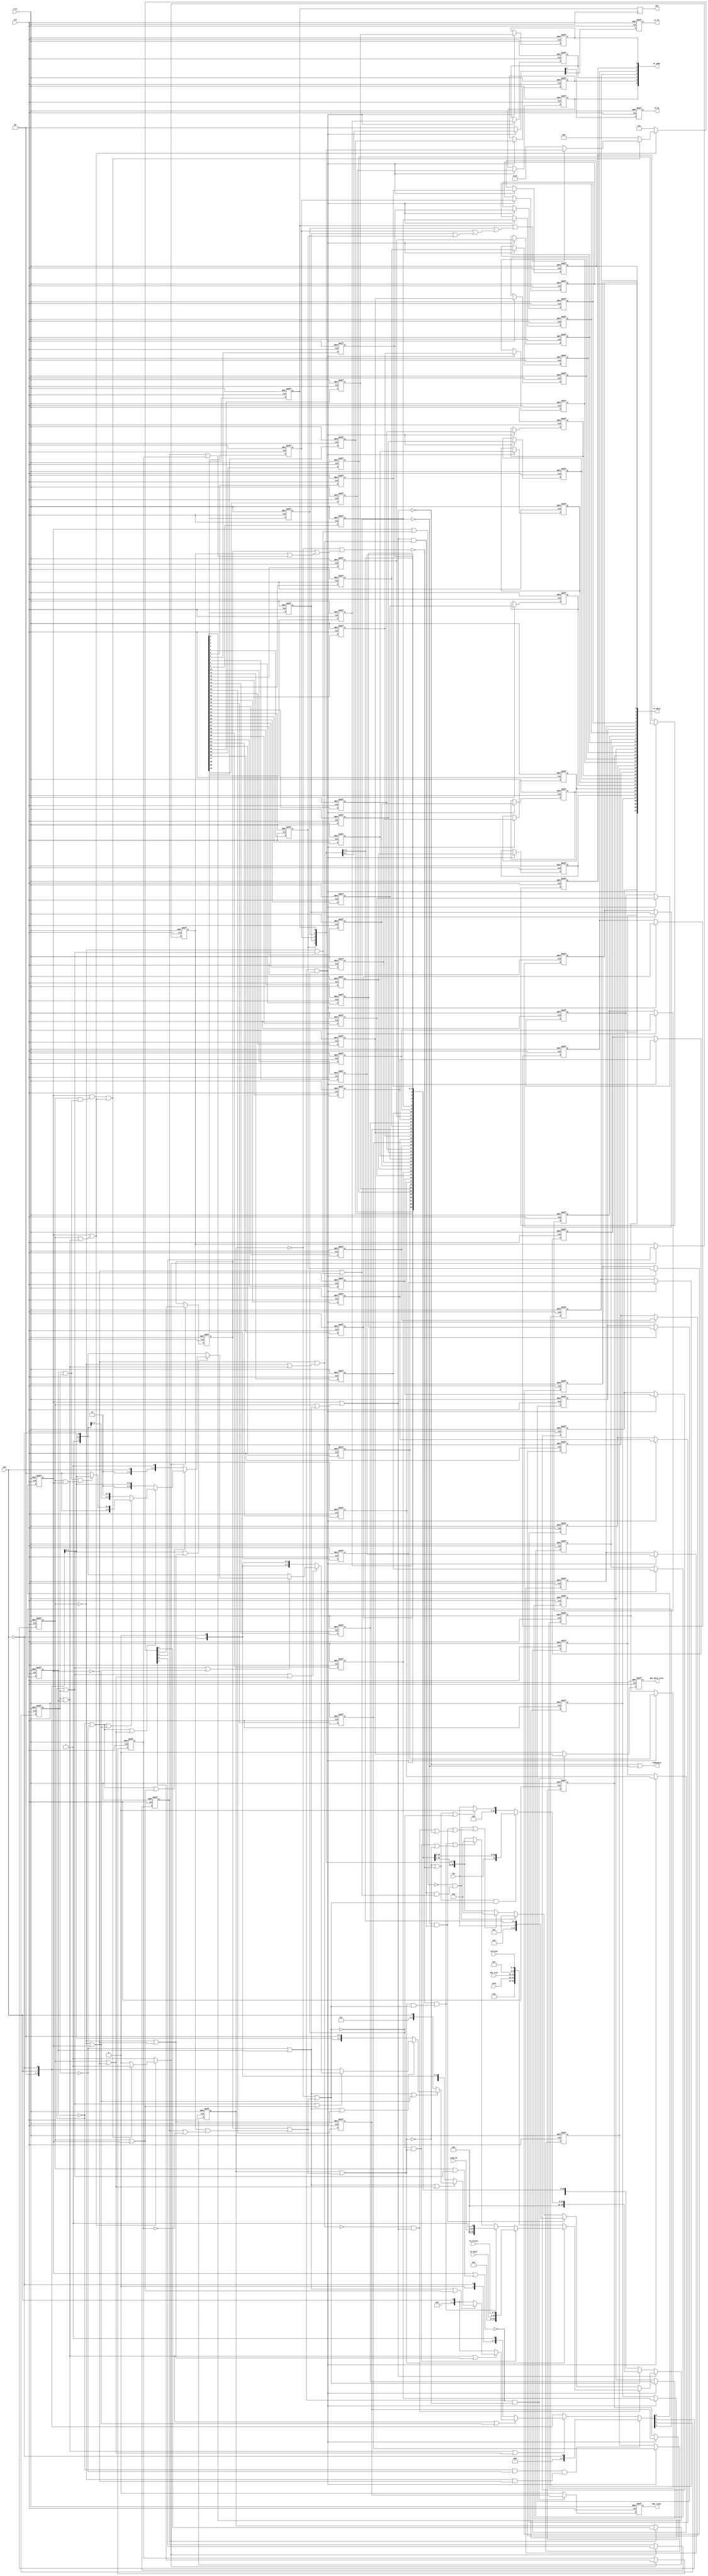
// This program was cloned from: https://github.com/NYU-MLDA/OpenABC
// License: BSD 3-Clause "New" or "Revised" License

module rvjtag_tap
(
  trst,
  tck,
  tms,
  tdi,
  tdo,
  tdoEnable,
  wr_data,
  wr_addr,
  wr_en,
  rd_en,
  rd_data,
  rd_status,
  dmi_reset,
  dmi_hard_reset,
  idle,
  dmi_stat,
  jtag_id,
  version
);

  output [31:0] wr_data;
  output [6:0] wr_addr;
  input [31:0] rd_data;
  input [1:0] rd_status;
  input [2:0] idle;
  input [1:0] dmi_stat;
  input [31:1] jtag_id;
  input [3:0] version;
  input trst;
  input tck;
  input tms;
  input tdi;
  output tdo;
  output tdoEnable;
  output wr_en;
  output rd_en;
  output dmi_reset;
  output dmi_hard_reset;
  wire tdoEnable,N0,N1,N2,N3,N4,N5,N6,N7,N8,N9,N10,N11,N12,N13,N14,N15,N16,N17,N18,N19,
  N20,N21,N22,N23,N24,N25,N26,N27,N28,N29,N30,N31,N32,N33,N34,N35,N36,N37,N38,N39,
  N40,N41,N42,N43,N44,N45,N46,N47,N48,N49,N50,N51,N52,N53,N54,N55,N56,N57,N58,N59,
  N60,N61,N62,N63,N64,N65,N66,N67,N68,N69,N70,N71,N72,N73,N74,N75,N76,N77,N78,N79,
  N80,N81,N82,N83,N84,N85,N86,N87,N88,N89,N90,N91,N92,N93,N94,N95,N96,N97,N98,N99,
  N100,N101,N102,N103,N104,N105,N106,N107,N108,N109,N110,N111,N112,N113,N114,N115,
  N116,N117,N118,N119,N120,N121,N122,N123,N124,N125,N126,N127,N128,N129,N130,N131,
  N132,N133,N134,N135,N136,N137,N138,N139,N140,N141,N142,N143,N144,N145,N146,N147,
  N148,N149,N150,N151,N152,N153,N154,N155,N156,N157,N158,N159,N160,N161,N162,N163,
  N164,N165,N166,N167,N168,N169,N170,N171,N172,N173,N174,N175,N176,N177,N178,N179,
  N180,N181,N182,N183,N184,N185,N186,N187,N188,N189,N190,N191,N192,N193,N194,N195,
  N196,N197,N198,N199,N200,N201,N202,N203,N204,N205,N206,N207,N208,N209,N210,N211,
  N212,N213,N214,N215,N216,N217,N218,N219,N220,N221,N222,N223,N224,N225,N226,N227,
  N228,N229,N230,N231,N232,N233,N234,N235,N236,N237,N238,N239,N240,N241,N242,N243,
  N244,N245,N246,N247,N248,N249,N250,N251,N252,N253,N254,N255,N256,N257,N258,N259,
  N260,N261,N262,N263,N264,N265,N266,N267,N268;
  wire [3:0] nstate;
  wire [40:0] nsr;
  reg [3:0] state;
  reg [4:0] ir;
  reg [40:0] sr;
  reg tdo,dmi_reset,dmi_hard_reset,wr_en,rd_en;
  reg [6:0] wr_addr;
  reg [31:0] wr_data;
  assign N24 = N222 & N262;
  assign N25 = N227 & N239;
  assign N26 = N24 & N25;
  assign N27 = state[3] | state[2];
  assign N28 = state[1] | N239;
  assign N29 = N27 | N28;
  assign N31 = state[3] | state[2];
  assign N32 = N227 | state[0];
  assign N33 = N31 | N32;
  assign N35 = state[3] | state[2];
  assign N36 = N227 | N239;
  assign N37 = N35 | N36;
  assign N39 = state[3] | N262;
  assign N40 = state[1] | state[0];
  assign N41 = N39 | N40;
  assign N43 = state[3] | N262;
  assign N44 = state[1] | N239;
  assign N45 = N43 | N44;
  assign N47 = state[3] | N262;
  assign N48 = N227 | state[0];
  assign N49 = N47 | N48;
  assign N51 = state[3] | N262;
  assign N52 = N227 | N239;
  assign N53 = N51 | N52;
  assign N55 = N222 | state[2];
  assign N56 = state[1] | state[0];
  assign N57 = N55 | N56;
  assign N59 = N222 | state[2];
  assign N60 = state[1] | N239;
  assign N61 = N59 | N60;
  assign N63 = N222 | state[2];
  assign N64 = N227 | state[0];
  assign N65 = N63 | N64;
  assign N67 = N222 | state[2];
  assign N68 = N227 | N239;
  assign N69 = N67 | N68;
  assign N71 = N222 | N262;
  assign N72 = state[1] | state[0];
  assign N73 = N71 | N72;
  assign N75 = N222 | N262;
  assign N76 = state[1] | N239;
  assign N77 = N75 | N76;
  assign N79 = N222 | N262;
  assign N80 = N227 | state[0];
  assign N81 = N79 | N80;
  assign N83 = state[3] & state[2];
  assign N84 = state[1] & state[0];
  assign N85 = N83 & N84;

  always @(posedge tck or posedge N87) begin
    if(N87) begin
      state[3] <= 1'b0;
    end else if(1'b1) begin
      state[3] <= nstate[3];
    end
  end


  always @(posedge tck or posedge N87) begin
    if(N87) begin
      state[2] <= 1'b0;
    end else if(1'b1) begin
      state[2] <= nstate[2];
    end
  end


  always @(posedge tck or posedge N87) begin
    if(N87) begin
      state[1] <= 1'b0;
    end else if(1'b1) begin
      state[1] <= nstate[1];
    end
  end


  always @(posedge tck or posedge N87) begin
    if(N87) begin
      state[0] <= 1'b0;
    end else if(1'b1) begin
      state[0] <= nstate[0];
    end
  end


  always @(posedge N88 or posedge N87) begin
    if(N87) begin
      ir[4] <= 1'b0;
    end else if(N96) begin
      ir[4] <= N101;
    end
  end


  always @(posedge N88 or posedge N87) begin
    if(N87) begin
      ir[3] <= 1'b0;
    end else if(N96) begin
      ir[3] <= N100;
    end
  end


  always @(posedge N88 or posedge N87) begin
    if(N87) begin
      ir[2] <= 1'b0;
    end else if(N96) begin
      ir[2] <= N99;
    end
  end


  always @(posedge N88 or posedge N87) begin
    if(N87) begin
      ir[1] <= 1'b0;
    end else if(N96) begin
      ir[1] <= N98;
    end
  end


  always @(posedge N88 or posedge N87) begin
    if(N87) begin
      ir[0] <= 1'b1;
    end else if(N96) begin
      ir[0] <= N97;
    end
  end


  always @(posedge tck or posedge N87) begin
    if(N87) begin
      sr[40] <= 1'b0;
    end else if(1'b1) begin
      sr[40] <= nsr[40];
    end
  end


  always @(posedge tck or posedge N87) begin
    if(N87) begin
      sr[39] <= 1'b0;
    end else if(1'b1) begin
      sr[39] <= nsr[39];
    end
  end


  always @(posedge tck or posedge N87) begin
    if(N87) begin
      sr[38] <= 1'b0;
    end else if(1'b1) begin
      sr[38] <= nsr[38];
    end
  end


  always @(posedge tck or posedge N87) begin
    if(N87) begin
      sr[37] <= 1'b0;
    end else if(1'b1) begin
      sr[37] <= nsr[37];
    end
  end


  always @(posedge tck or posedge N87) begin
    if(N87) begin
      sr[36] <= 1'b0;
    end else if(1'b1) begin
      sr[36] <= nsr[36];
    end
  end


  always @(posedge tck or posedge N87) begin
    if(N87) begin
      sr[35] <= 1'b0;
    end else if(1'b1) begin
      sr[35] <= nsr[35];
    end
  end


  always @(posedge tck or posedge N87) begin
    if(N87) begin
      sr[34] <= 1'b0;
    end else if(1'b1) begin
      sr[34] <= nsr[34];
    end
  end


  always @(posedge tck or posedge N87) begin
    if(N87) begin
      sr[33] <= 1'b0;
    end else if(1'b1) begin
      sr[33] <= nsr[33];
    end
  end


  always @(posedge tck or posedge N87) begin
    if(N87) begin
      sr[32] <= 1'b0;
    end else if(1'b1) begin
      sr[32] <= nsr[32];
    end
  end


  always @(posedge tck or posedge N87) begin
    if(N87) begin
      sr[31] <= 1'b0;
    end else if(1'b1) begin
      sr[31] <= nsr[31];
    end
  end


  always @(posedge tck or posedge N87) begin
    if(N87) begin
      sr[30] <= 1'b0;
    end else if(1'b1) begin
      sr[30] <= nsr[30];
    end
  end


  always @(posedge tck or posedge N87) begin
    if(N87) begin
      sr[29] <= 1'b0;
    end else if(1'b1) begin
      sr[29] <= nsr[29];
    end
  end


  always @(posedge tck or posedge N87) begin
    if(N87) begin
      sr[28] <= 1'b0;
    end else if(1'b1) begin
      sr[28] <= nsr[28];
    end
  end


  always @(posedge tck or posedge N87) begin
    if(N87) begin
      sr[27] <= 1'b0;
    end else if(1'b1) begin
      sr[27] <= nsr[27];
    end
  end


  always @(posedge tck or posedge N87) begin
    if(N87) begin
      sr[26] <= 1'b0;
    end else if(1'b1) begin
      sr[26] <= nsr[26];
    end
  end


  always @(posedge tck or posedge N87) begin
    if(N87) begin
      sr[25] <= 1'b0;
    end else if(1'b1) begin
      sr[25] <= nsr[25];
    end
  end


  always @(posedge tck or posedge N87) begin
    if(N87) begin
      sr[24] <= 1'b0;
    end else if(1'b1) begin
      sr[24] <= nsr[24];
    end
  end


  always @(posedge tck or posedge N87) begin
    if(N87) begin
      sr[23] <= 1'b0;
    end else if(1'b1) begin
      sr[23] <= nsr[23];
    end
  end


  always @(posedge tck or posedge N87) begin
    if(N87) begin
      sr[22] <= 1'b0;
    end else if(1'b1) begin
      sr[22] <= nsr[22];
    end
  end


  always @(posedge tck or posedge N87) begin
    if(N87) begin
      sr[21] <= 1'b0;
    end else if(1'b1) begin
      sr[21] <= nsr[21];
    end
  end


  always @(posedge tck or posedge N87) begin
    if(N87) begin
      sr[20] <= 1'b0;
    end else if(1'b1) begin
      sr[20] <= nsr[20];
    end
  end


  always @(posedge tck or posedge N87) begin
    if(N87) begin
      sr[19] <= 1'b0;
    end else if(1'b1) begin
      sr[19] <= nsr[19];
    end
  end


  always @(posedge tck or posedge N87) begin
    if(N87) begin
      sr[18] <= 1'b0;
    end else if(1'b1) begin
      sr[18] <= nsr[18];
    end
  end


  always @(posedge tck or posedge N87) begin
    if(N87) begin
      sr[17] <= 1'b0;
    end else if(1'b1) begin
      sr[17] <= nsr[17];
    end
  end


  always @(posedge tck or posedge N87) begin
    if(N87) begin
      sr[16] <= 1'b0;
    end else if(1'b1) begin
      sr[16] <= nsr[16];
    end
  end


  always @(posedge tck or posedge N87) begin
    if(N87) begin
      sr[15] <= 1'b0;
    end else if(1'b1) begin
      sr[15] <= nsr[15];
    end
  end


  always @(posedge tck or posedge N87) begin
    if(N87) begin
      sr[14] <= 1'b0;
    end else if(1'b1) begin
      sr[14] <= nsr[14];
    end
  end


  always @(posedge tck or posedge N87) begin
    if(N87) begin
      sr[13] <= 1'b0;
    end else if(1'b1) begin
      sr[13] <= nsr[13];
    end
  end


  always @(posedge tck or posedge N87) begin
    if(N87) begin
      sr[12] <= 1'b0;
    end else if(1'b1) begin
      sr[12] <= nsr[12];
    end
  end


  always @(posedge tck or posedge N87) begin
    if(N87) begin
      sr[11] <= 1'b0;
    end else if(1'b1) begin
      sr[11] <= nsr[11];
    end
  end


  always @(posedge tck or posedge N87) begin
    if(N87) begin
      sr[10] <= 1'b0;
    end else if(1'b1) begin
      sr[10] <= nsr[10];
    end
  end


  always @(posedge tck or posedge N87) begin
    if(N87) begin
      sr[9] <= 1'b0;
    end else if(1'b1) begin
      sr[9] <= nsr[9];
    end
  end


  always @(posedge tck or posedge N87) begin
    if(N87) begin
      sr[8] <= 1'b0;
    end else if(1'b1) begin
      sr[8] <= nsr[8];
    end
  end


  always @(posedge tck or posedge N87) begin
    if(N87) begin
      sr[7] <= 1'b0;
    end else if(1'b1) begin
      sr[7] <= nsr[7];
    end
  end


  always @(posedge tck or posedge N87) begin
    if(N87) begin
      sr[6] <= 1'b0;
    end else if(1'b1) begin
      sr[6] <= nsr[6];
    end
  end


  always @(posedge tck or posedge N87) begin
    if(N87) begin
      sr[5] <= 1'b0;
    end else if(1'b1) begin
      sr[5] <= nsr[5];
    end
  end


  always @(posedge tck or posedge N87) begin
    if(N87) begin
      sr[4] <= 1'b0;
    end else if(1'b1) begin
      sr[4] <= nsr[4];
    end
  end


  always @(posedge tck or posedge N87) begin
    if(N87) begin
      sr[3] <= 1'b0;
    end else if(1'b1) begin
      sr[3] <= nsr[3];
    end
  end


  always @(posedge tck or posedge N87) begin
    if(N87) begin
      sr[2] <= 1'b0;
    end else if(1'b1) begin
      sr[2] <= nsr[2];
    end
  end


  always @(posedge tck or posedge N87) begin
    if(N87) begin
      sr[1] <= 1'b0;
    end else if(1'b1) begin
      sr[1] <= nsr[1];
    end
  end


  always @(posedge tck or posedge N87) begin
    if(N87) begin
      sr[0] <= 1'b0;
    end else if(1'b1) begin
      sr[0] <= nsr[0];
    end
  end


  always @(posedge N88) begin
    if(1'b1) begin
      tdo <= sr[0];
    end
  end


  always @(posedge tck or posedge N87) begin
    if(N87) begin
      dmi_reset <= 1'b0;
    end else if(1'b1) begin
      dmi_reset <= N212;
    end
  end


  always @(posedge tck or posedge N87) begin
    if(N87) begin
      dmi_hard_reset <= 1'b0;
    end else if(1'b1) begin
      dmi_hard_reset <= N211;
    end
  end


  always @(posedge tck or posedge N87) begin
    if(N87) begin
      wr_addr[6] <= 1'b0;
    end else if(N213) begin
      wr_addr[6] <= sr[40];
    end
  end


  always @(posedge tck or posedge N87) begin
    if(N87) begin
      wr_addr[5] <= 1'b0;
    end else if(N213) begin
      wr_addr[5] <= sr[39];
    end
  end


  always @(posedge tck or posedge N87) begin
    if(N87) begin
      wr_addr[4] <= 1'b0;
    end else if(N213) begin
      wr_addr[4] <= sr[38];
    end
  end


  always @(posedge tck or posedge N87) begin
    if(N87) begin
      wr_addr[3] <= 1'b0;
    end else if(N213) begin
      wr_addr[3] <= sr[37];
    end
  end


  always @(posedge tck or posedge N87) begin
    if(N87) begin
      wr_addr[2] <= 1'b0;
    end else if(N213) begin
      wr_addr[2] <= sr[36];
    end
  end


  always @(posedge tck or posedge N87) begin
    if(N87) begin
      wr_addr[1] <= 1'b0;
    end else if(N213) begin
      wr_addr[1] <= sr[35];
    end
  end


  always @(posedge tck or posedge N87) begin
    if(N87) begin
      wr_addr[0] <= 1'b0;
    end else if(N213) begin
      wr_addr[0] <= sr[34];
    end
  end


  always @(posedge tck or posedge N87) begin
    if(N87) begin
      wr_data[31] <= 1'b0;
    end else if(N213) begin
      wr_data[31] <= sr[33];
    end
  end


  always @(posedge tck or posedge N87) begin
    if(N87) begin
      wr_data[30] <= 1'b0;
    end else if(N213) begin
      wr_data[30] <= sr[32];
    end
  end


  always @(posedge tck or posedge N87) begin
    if(N87) begin
      wr_data[29] <= 1'b0;
    end else if(N213) begin
      wr_data[29] <= sr[31];
    end
  end


  always @(posedge tck or posedge N87) begin
    if(N87) begin
      wr_data[28] <= 1'b0;
    end else if(N213) begin
      wr_data[28] <= sr[30];
    end
  end


  always @(posedge tck or posedge N87) begin
    if(N87) begin
      wr_data[27] <= 1'b0;
    end else if(N213) begin
      wr_data[27] <= sr[29];
    end
  end


  always @(posedge tck or posedge N87) begin
    if(N87) begin
      wr_data[26] <= 1'b0;
    end else if(N213) begin
      wr_data[26] <= sr[28];
    end
  end


  always @(posedge tck or posedge N87) begin
    if(N87) begin
      wr_data[25] <= 1'b0;
    end else if(N213) begin
      wr_data[25] <= sr[27];
    end
  end


  always @(posedge tck or posedge N87) begin
    if(N87) begin
      wr_data[24] <= 1'b0;
    end else if(N213) begin
      wr_data[24] <= sr[26];
    end
  end


  always @(posedge tck or posedge N87) begin
    if(N87) begin
      wr_data[23] <= 1'b0;
    end else if(N213) begin
      wr_data[23] <= sr[25];
    end
  end


  always @(posedge tck or posedge N87) begin
    if(N87) begin
      wr_data[22] <= 1'b0;
    end else if(N213) begin
      wr_data[22] <= sr[24];
    end
  end


  always @(posedge tck or posedge N87) begin
    if(N87) begin
      wr_data[21] <= 1'b0;
    end else if(N213) begin
      wr_data[21] <= sr[23];
    end
  end


  always @(posedge tck or posedge N87) begin
    if(N87) begin
      wr_data[20] <= 1'b0;
    end else if(N213) begin
      wr_data[20] <= sr[22];
    end
  end


  always @(posedge tck or posedge N87) begin
    if(N87) begin
      wr_data[19] <= 1'b0;
    end else if(N213) begin
      wr_data[19] <= sr[21];
    end
  end


  always @(posedge tck or posedge N87) begin
    if(N87) begin
      wr_data[18] <= 1'b0;
    end else if(N213) begin
      wr_data[18] <= sr[20];
    end
  end


  always @(posedge tck or posedge N87) begin
    if(N87) begin
      wr_data[17] <= 1'b0;
    end else if(N213) begin
      wr_data[17] <= sr[19];
    end
  end


  always @(posedge tck or posedge N87) begin
    if(N87) begin
      wr_data[16] <= 1'b0;
    end else if(N213) begin
      wr_data[16] <= sr[18];
    end
  end


  always @(posedge tck or posedge N87) begin
    if(N87) begin
      wr_data[15] <= 1'b0;
    end else if(N213) begin
      wr_data[15] <= sr[17];
    end
  end


  always @(posedge tck or posedge N87) begin
    if(N87) begin
      wr_data[14] <= 1'b0;
    end else if(N213) begin
      wr_data[14] <= sr[16];
    end
  end


  always @(posedge tck or posedge N87) begin
    if(N87) begin
      wr_data[13] <= 1'b0;
    end else if(N213) begin
      wr_data[13] <= sr[15];
    end
  end


  always @(posedge tck or posedge N87) begin
    if(N87) begin
      wr_data[12] <= 1'b0;
    end else if(N213) begin
      wr_data[12] <= sr[14];
    end
  end


  always @(posedge tck or posedge N87) begin
    if(N87) begin
      wr_data[11] <= 1'b0;
    end else if(N213) begin
      wr_data[11] <= sr[13];
    end
  end


  always @(posedge tck or posedge N87) begin
    if(N87) begin
      wr_data[10] <= 1'b0;
    end else if(N213) begin
      wr_data[10] <= sr[12];
    end
  end


  always @(posedge tck or posedge N87) begin
    if(N87) begin
      wr_data[9] <= 1'b0;
    end else if(N213) begin
      wr_data[9] <= sr[11];
    end
  end


  always @(posedge tck or posedge N87) begin
    if(N87) begin
      wr_data[8] <= 1'b0;
    end else if(N213) begin
      wr_data[8] <= sr[10];
    end
  end


  always @(posedge tck or posedge N87) begin
    if(N87) begin
      wr_data[7] <= 1'b0;
    end else if(N213) begin
      wr_data[7] <= sr[9];
    end
  end


  always @(posedge tck or posedge N87) begin
    if(N87) begin
      wr_data[6] <= 1'b0;
    end else if(N213) begin
      wr_data[6] <= sr[8];
    end
  end


  always @(posedge tck or posedge N87) begin
    if(N87) begin
      wr_data[5] <= 1'b0;
    end else if(N213) begin
      wr_data[5] <= sr[7];
    end
  end


  always @(posedge tck or posedge N87) begin
    if(N87) begin
      wr_data[4] <= 1'b0;
    end else if(N213) begin
      wr_data[4] <= sr[6];
    end
  end


  always @(posedge tck or posedge N87) begin
    if(N87) begin
      wr_data[3] <= 1'b0;
    end else if(N213) begin
      wr_data[3] <= sr[5];
    end
  end


  always @(posedge tck or posedge N87) begin
    if(N87) begin
      wr_data[2] <= 1'b0;
    end else if(N213) begin
      wr_data[2] <= sr[4];
    end
  end


  always @(posedge tck or posedge N87) begin
    if(N87) begin
      wr_data[1] <= 1'b0;
    end else if(N213) begin
      wr_data[1] <= sr[3];
    end
  end


  always @(posedge tck or posedge N87) begin
    if(N87) begin
      wr_data[0] <= 1'b0;
    end else if(N213) begin
      wr_data[0] <= sr[2];
    end
  end


  always @(posedge tck or posedge N87) begin
    if(N87) begin
      wr_en <= 1'b0;
    end else if(1'b1) begin
      wr_en <= N216;
    end
  end


  always @(posedge tck or posedge N87) begin
    if(N87) begin
      rd_en <= 1'b0;
    end else if(1'b1) begin
      rd_en <= N215;
    end
  end

  assign N217 = sr[3] | sr[4];
  assign N218 = sr[2] | N217;
  assign N219 = sr[1] | N218;
  assign N220 = sr[0] | N219;
  assign N221 = ~N220;
  assign N222 = ~state[3];
  assign N223 = state[2] | N222;
  assign N224 = state[1] | N223;
  assign N225 = state[0] | N224;
  assign N226 = ~N225;
  assign N227 = ~state[1];
  assign N228 = state[2] | N222;
  assign N229 = N227 | N228;
  assign N230 = state[0] | N229;
  assign N231 = ~ir[0];
  assign N232 = ir[3] | ir[4];
  assign N233 = ir[2] | N232;
  assign N234 = ir[1] | N233;
  assign N235 = N231 | N234;
  assign N236 = state[2] & state[3];
  assign N237 = state[1] & N236;
  assign N238 = state[0] & N237;
  assign N239 = ~state[0];
  assign N240 = state[2] | N222;
  assign N241 = N227 | N240;
  assign N242 = N239 | N241;
  assign N243 = ~N242;
  assign N244 = state[2] | state[3];
  assign N245 = state[1] | N244;
  assign N246 = state[0] | N245;
  assign N247 = ~N246;
  assign N248 = ~ir[4];
  assign N249 = ir[3] | N248;
  assign N250 = ir[2] | N249;
  assign N251 = ir[1] | N250;
  assign N252 = N231 | N251;
  assign N253 = ~N252;
  assign N254 = ir[3] | N248;
  assign N255 = ir[2] | N254;
  assign N256 = ir[1] | N255;
  assign N257 = ir[0] | N256;
  assign N258 = ~N257;
  assign N259 = state[2] | state[3];
  assign N260 = N227 | N259;
  assign N261 = N239 | N260;
  assign N262 = ~state[2];
  assign N263 = N262 | state[3];
  assign N264 = state[1] | N263;
  assign N265 = state[0] | N264;
  assign N266 = ~N265;
  assign nstate = (N0)? { 1'b0, 1'b0, 1'b0, N86 } :
                  (N1)? { 1'b0, 1'b0, tms, N86 } :
                  (N2)? { tms, 1'b0, N86, 1'b1 } :
                  (N3)? { 1'b0, 1'b1, 1'b0, tms } :
                  (N4)? { 1'b0, 1'b1, 1'b0, tms } :
                  (N5)? { tms, N86, N86, 1'b0 } :
                  (N6)? { 1'b0, 1'b1, 1'b1, tms } :
                  (N7)? { tms, N86, 1'b0, 1'b0 } :
                  (N8)? { 1'b0, 1'b0, tms, N86 } :
                  (N9)? { N86, 1'b0, N86, 1'b0 } :
                  (N10)? { 1'b1, tms, N86, N86 } :
                  (N11)? { 1'b1, tms, N86, N86 } :
                  (N12)? { 1'b1, 1'b1, tms, 1'b1 } :
                  (N13)? { 1'b1, 1'b1, tms, N86 } :
                  (N14)? { 1'b1, tms, 1'b1, 1'b1 } :
                  (N15)? { 1'b0, 1'b0, tms, N86 } : 1'b0;
  assign N0 = N26;
  assign N1 = N30;
  assign N2 = N34;
  assign N3 = N38;
  assign N4 = N42;
  assign N5 = N46;
  assign N6 = N50;
  assign N7 = N54;
  assign N8 = N58;
  assign N9 = N62;
  assign N10 = N66;
  assign N11 = N70;
  assign N12 = N74;
  assign N13 = N78;
  assign N14 = N82;
  assign N15 = N85;
  assign { N95, N94, N93, N92, N91 } = (N16)? { 1'b1, 1'b1, 1'b1, 1'b1, 1'b1 } :
                                       (N17)? sr[4:0] : 1'b0;
  assign N16 = N221;
  assign N17 = N220;
  assign N96 = (N18)? 1'b1 :
               (N102)? 1'b1 :
               (N90)? 1'b0 : 1'b0;
  assign N18 = N247;
  assign { N101, N100, N99, N98, N97 } = (N18)? { 1'b0, 1'b0, 1'b0, 1'b0, 1'b1 } :
                                         (N102)? { N95, N94, N93, N92, N91 } : 1'b0;
  assign { N151, N150, N149, N148, N147, N146, N145, N144, N143, N142, N141, N140, N139, N138, N137, N136, N135, N134, N133, N132, N131, N130, N129, N128, N127, N126, N125, N124, N123, N122, N121, N120, N119, N118, N117, N116, N115, N114, N113, N112, N111 } = (N19)? { tdi, sr[40:1] } :
                                                                                                                                                                                                                                                                    (N205)? { 1'b0, 1'b0, 1'b0, 1'b0, 1'b0, 1'b0, 1'b0, 1'b0, 1'b0, tdi, sr[31:1] } :
                                                                                                                                                                                                                                                                    (N110)? { 1'b0, 1'b0, 1'b0, 1'b0, 1'b0, 1'b0, 1'b0, 1'b0, 1'b0, 1'b0, 1'b0, 1'b0, 1'b0, 1'b0, 1'b0, 1'b0, 1'b0, 1'b0, 1'b0, 1'b0, 1'b0, 1'b0, 1'b0, 1'b0, 1'b0, 1'b0, 1'b0, 1'b0, 1'b0, 1'b0, 1'b0, 1'b0, 1'b0, 1'b0, 1'b0, 1'b0, 1'b0, 1'b0, 1'b0, 1'b0, tdi } : 1'b0;
  assign N19 = N107;
  assign { N195, N194, N193, N192, N191, N190, N189, N188, N187, N186, N185, N184, N183, N182, N181, N180, N179, N178, N177, N176, N175, N174, N173, N172, N171, N170, N169, N168, N167, N166, N165, N164, N163, N162, N161, N160, N159, N158, N157, N156, N155 } = (N20)? { 1'b0, 1'b0, 1'b0, 1'b0, 1'b0, 1'b0, 1'b0, 1'b0, 1'b0, 1'b0, 1'b0, 1'b0, 1'b0, 1'b0, 1'b0, 1'b0, 1'b0, 1'b0, 1'b0, 1'b0, 1'b0, 1'b0, 1'b0, 1'b0, 1'b0, 1'b0, idle, dmi_stat, 1'b0, 1'b0, 1'b0, 1'b1, 1'b1, 1'b1, version } :
                                                                                                                                                                                                                                                                    (N206)? { 1'b0, 1'b0, 1'b0, 1'b0, 1'b0, 1'b0, 1'b0, rd_data, rd_status } :
                                                                                                                                                                                                                                                                    (N208)? { 1'b0, 1'b0, 1'b0, 1'b0, 1'b0, 1'b0, 1'b0, 1'b0, 1'b0, jtag_id, 1'b1 } :
                                                                                                                                                                                                                                                                    (N154)? sr : 1'b0;
  assign N20 = N267;
  assign nsr = (N21)? { N151, N150, N149, N148, N147, N146, N145, N144, N143, N142, N141, N140, N139, N138, N137, N136, N135, N134, N133, N132, N131, N130, N129, N128, N127, N126, N125, N124, N123, N122, N121, N120, N119, N118, N117, N116, N115, N114, N113, N112, N111 } :
               (N200)? { N195, N194, N193, N192, N191, N190, N189, N188, N187, N186, N185, N184, N183, N182, N181, N180, N179, N178, N177, N176, N175, N174, N173, N172, N171, N170, N169, N168, N167, N166, N165, N164, N163, N162, N161, N160, N159, N158, N157, N156, N155 } :
               (N202)? { 1'b0, 1'b0, 1'b0, 1'b0, 1'b0, 1'b0, 1'b0, 1'b0, 1'b0, 1'b0, 1'b0, 1'b0, 1'b0, 1'b0, 1'b0, 1'b0, 1'b0, 1'b0, 1'b0, 1'b0, 1'b0, 1'b0, 1'b0, 1'b0, 1'b0, 1'b0, 1'b0, 1'b0, 1'b0, 1'b0, 1'b0, 1'b0, 1'b0, 1'b0, 1'b0, 1'b0, tdi, sr[4:1] } :
               (N204)? { 1'b0, 1'b0, 1'b0, 1'b0, 1'b0, 1'b0, 1'b0, 1'b0, 1'b0, 1'b0, 1'b0, 1'b0, 1'b0, 1'b0, 1'b0, 1'b0, 1'b0, 1'b0, 1'b0, 1'b0, 1'b0, 1'b0, 1'b0, 1'b0, 1'b0, 1'b0, 1'b0, 1'b0, 1'b0, 1'b0, 1'b0, 1'b0, 1'b0, 1'b0, 1'b0, 1'b0, 1'b0, 1'b0, 1'b0, 1'b0, 1'b1 } :
               (N199)? sr : 1'b0;
  assign N21 = N103;
  assign N211 = (N22)? sr[17] :
                (N210)? 1'b0 : 1'b0;
  assign N22 = N209;
  assign N212 = (N22)? sr[16] :
                (N210)? 1'b0 : 1'b0;
  assign { N216, N215 } = (N23)? sr[1:0] :
                          (N214)? { 1'b0, 1'b0 } : 1'b0;
  assign N23 = N213;
  assign N30 = ~N29;
  assign N34 = ~N33;
  assign N38 = ~N37;
  assign N42 = ~N41;
  assign N46 = ~N45;
  assign N50 = ~N49;
  assign N54 = ~N53;
  assign N58 = ~N57;
  assign N62 = ~N61;
  assign N66 = ~N65;
  assign N70 = ~N69;
  assign N74 = ~N73;
  assign N78 = ~N77;
  assign N82 = ~N81;
  assign N86 = ~tms;
  assign N87 = ~trst;
  assign tdoEnable = N266 | N243;
  assign N88 = ~tck;
  assign N89 = N238 | N247;
  assign N90 = ~N89;
  assign N102 = N238 & N246;
  assign N103 = ~N265;
  assign N104 = ~N261;
  assign N105 = ~N242;
  assign N106 = ~N230;
  assign N107 = ~N252;
  assign N108 = N267 | N268;
  assign N267 = ~N257;
  assign N268 = ~N235;
  assign N109 = N108 | N107;
  assign N110 = ~N109;
  assign N152 = N206 | N267;
  assign N153 = N208 | N152;
  assign N154 = ~N153;
  assign N196 = N200 | N103;
  assign N197 = N202 | N196;
  assign N198 = N204 | N197;
  assign N199 = ~N198;
  assign N200 = N104 & N265;
  assign N201 = N265 & N261;
  assign N202 = N105 & N201;
  assign N203 = N201 & N242;
  assign N204 = N106 & N203;
  assign N205 = N108 & N252;
  assign N206 = N107 & N257;
  assign N207 = N257 & N252;
  assign N208 = N268 & N207;
  assign N209 = N226 & N258;
  assign N210 = ~N209;
  assign N213 = N226 & N253;
  assign N214 = ~N213;

endmodule